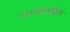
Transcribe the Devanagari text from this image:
गाणेदेखील